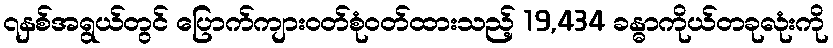
၇နှစ်အရွယ်တွင် ပြောက်ကျားဝတ်စုံဝတ်ထားသည့် 19,434 ခန္ဓာကိုယ်တခုလုံးကို